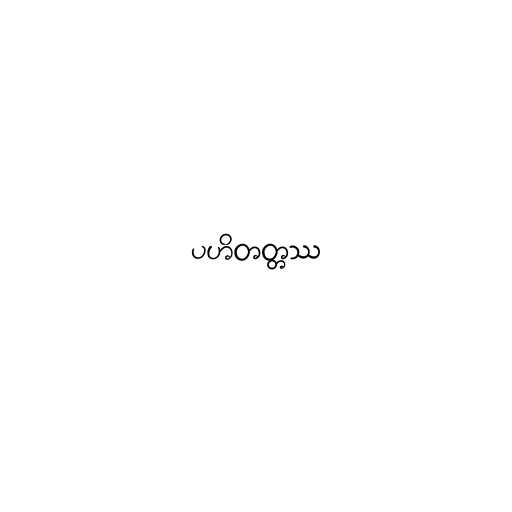
ပဟိတတ္တဿ